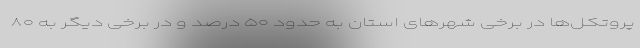
پروتکل‌ها در برخی شهرهای استان به حدود ۵۰ درصد و در برخی دیگر به ۸۰